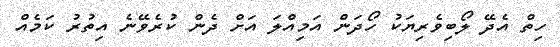
ހިތް އެދޭ ލޯބިވެރިޔަކު ހޯދަން އަމިއްލަ އަށް ދެން ކުރެވޭނެ އިތުރު ކަމެއް